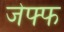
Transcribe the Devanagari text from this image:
जेफ्फ